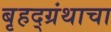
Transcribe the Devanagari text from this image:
बृहद्‌ग्रंथाचा